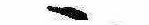
ゝ